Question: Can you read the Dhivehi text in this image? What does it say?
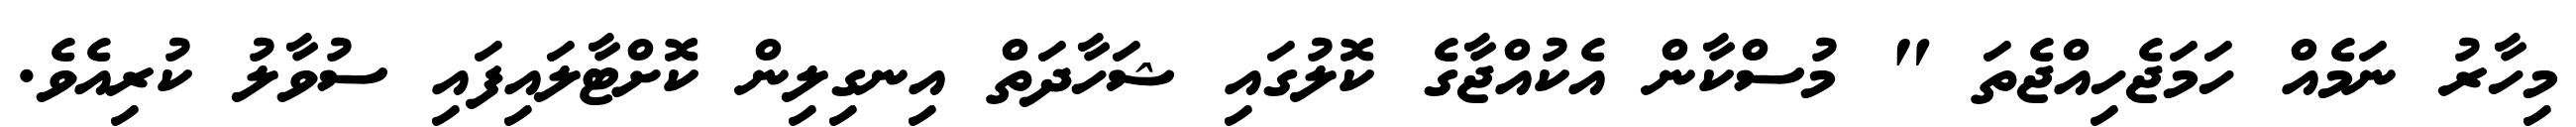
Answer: މިހާރު ނަމެއް ހަމަޖެހިއްޖެތަ " މުސްކާން އެކުއްޖާގެ ކޮލުގައި ޝަހާދަތް އިނގިލިން ކޮށްޓާލައިފައި ސުވާލު ކުރިއެވެ.